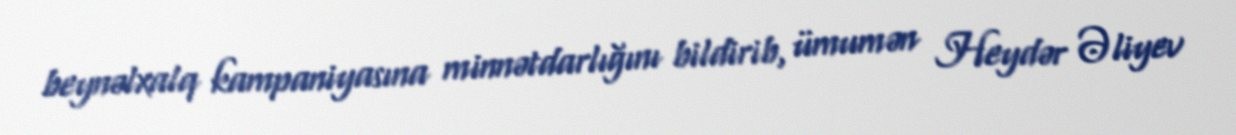
beynəlxalq kampaniyasına minnətdarlığını bildirib, ümumən Heydər Əliyev